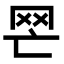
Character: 𦉽